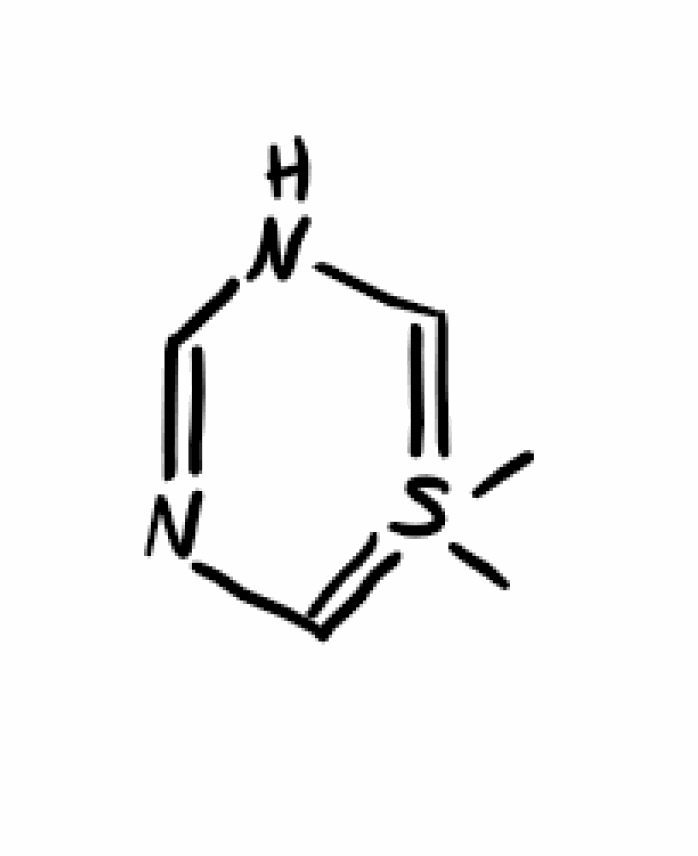
Simplified molecular-input line-entry system (SMILES) notation of the given molecule:
CS=1(=CNC=NC1)C